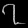
Digit: ၇